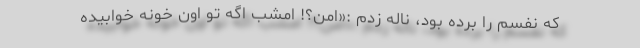
که نفسم را برده بود، ناله زدم :«امن؟! امشب اگه تو اون خونه خوابیده